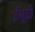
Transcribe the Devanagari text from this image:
ईयूडी